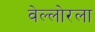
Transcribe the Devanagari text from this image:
वेल्लोरला